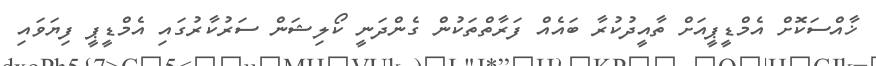
ޚާއްސަކޮށް އެމްޑީޕީއަށް ތާއީދުކުރާ ބައެއް ފަރާތްތަކުން ގެންދަނީ ކޯލިޝަން ސަރުކާރުގައި އެމްޑީޕީ ފިޔަވައި